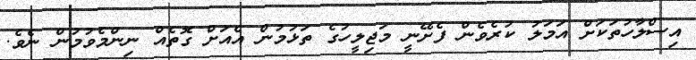
އިސްލާހުތަކަށް އަމަލު ކުރެވެން ފެށޭނީ މަޖިލީހުގެ ތަޅުމުން އެއަށް ގޮތެއް ނިންމެވުމުން ނެވެ.